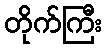
တိုက်ကြီး